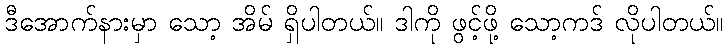
ဒီအောက်နားမှာ သော့ အိမ် ရှိပါတယ်။ ဒါကို ဖွင့်ဖို့ သော့ကဒ် လိုပါတယ်။